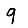
Digit: 9